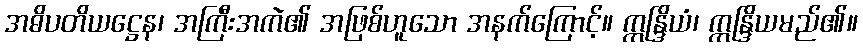
အဓိပတိယဋ္ဌေန၊ အကြီးအကဲ၏ အဖြစ်ဟူသော အနက်ကြောင့်။ ဣန္ဒြိယံ၊ ဣန္ဒြိယမည်၏။